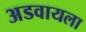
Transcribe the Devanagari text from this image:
अडवायला